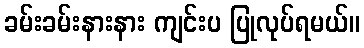
ခမ်းခမ်းနားနား ကျင်းပ ပြုလုပ်ရမယ်။